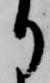
り